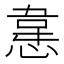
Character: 𭞈